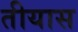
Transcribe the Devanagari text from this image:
तीयास